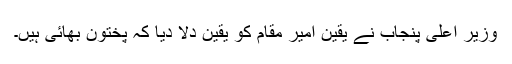
وزیر اعلیٰ پنجاب نے یقین امیر مقام کو یقین دلا دیا کہ پختون بھائی ہیں۔